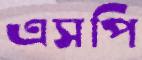
এসপি